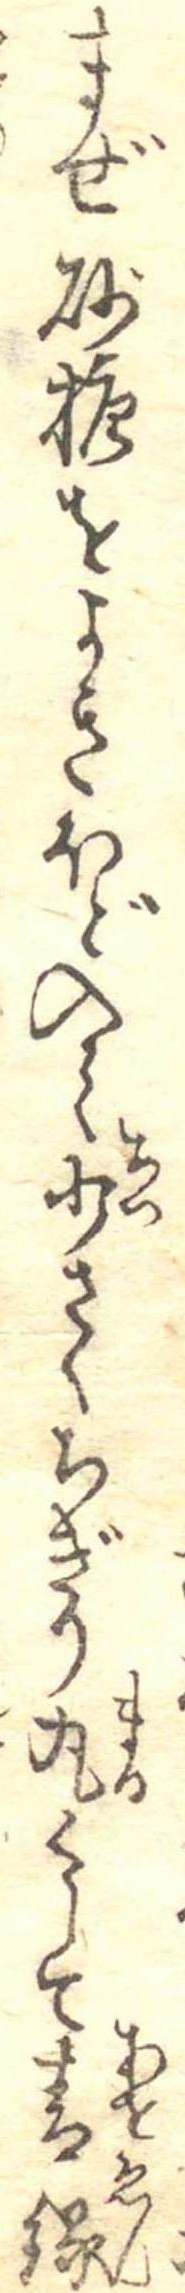
まぜ砂糖をよきほど入て少さくちぎり丸くして青縁